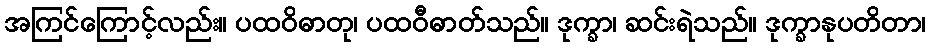
အကြင်ကြောင့်လည်း။ ပထဝိဓာတု၊ ပထဝီဓာတ်သည်။ ဒုက္ခာ၊ ဆင်းရဲသည်။ ဒုက္ခာနုပတိတာ၊